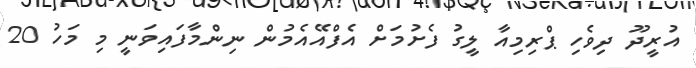
އުރީދޫ ދިވެހި ޕްރިމިއާ ލީގު ފެށުމަށް އެފްއޭއެމުން ނިންމާފައިވަނީ މި މަހު 20